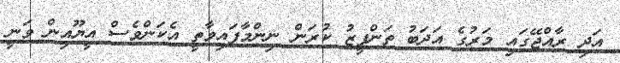
އަދި ރާއްޖޭގައި މަރުގެ އަދަބު ތަންފީޒު ކުރަން ނިންމާފައިވާތީ އެކަންވެސް އީޔޫއިން ވަނީ